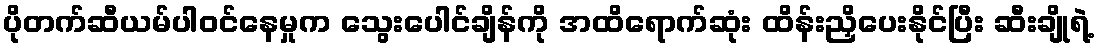
ပိုတက်ဆီယမ်ပါဝင်နေမှုက သွေးပေါင်ချိန်ကို အထိရောက်ဆုံး ထိန်းညှိပေးနိုင်ပြီး ဆီးချိုရဲ့